Civil Veterinary Dept. Assam report 1911-1927 - 1911-1927
Year: 1911
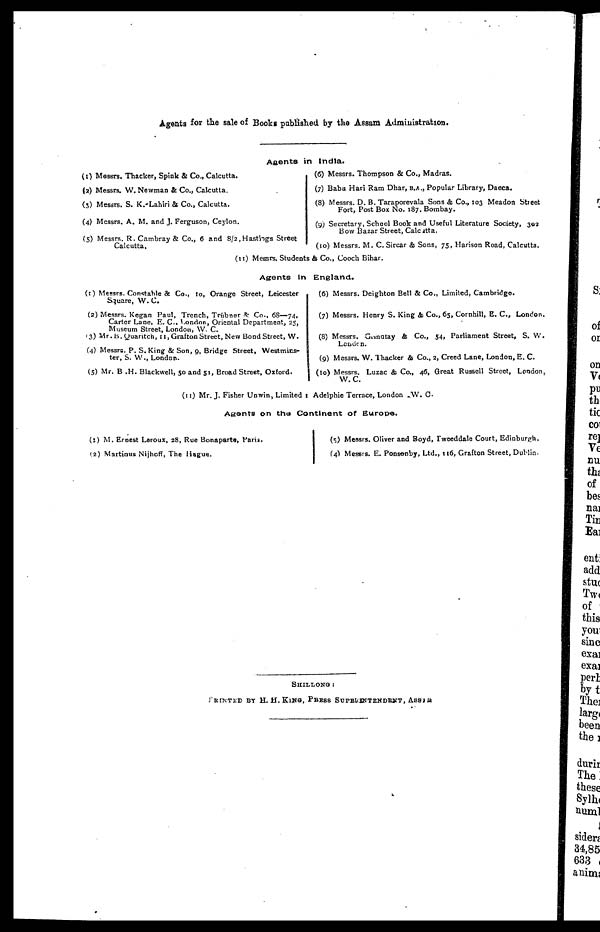
Agents for the sale of Books published by the Assam Administration.
Agents in India.
(1) Messrs. Thacker, Spink & Co., Calcutta.
(2) Messrs. W. Newman & Co., Calcutta,
(3) Messrs. S. K.Lahiri & Co., Calcutta.
(4) Messrs. A. M. and J. Ferguson, Ceylon.
(5) Messrs. R.Cambray & Co., 6 and 8/2,Hastings Street
Calcutta,
(6) Messrs. Thompson & Co., Madras.
(7) Babu Hari Ram Dhar, B.A., Popular Library, Daeca.
(8) Messrs. D. B.Taraporevala Sons & Co., 103 Meadon Street
Fort, Post Box No. 187. Bombay.
(9) Secretary, School Book and Useful Literature Society, 303
Bow Bazar Street, Calcutta.
(10) Messrs. M. C. Sircar & Sons, 75, Harison Road, Calcutta.
(11) Messrs. Students & Co., Cooch Bihar.
Agents In
England.
(1) Messrs. Constable & Co., 10, Orange Street, Leicester
Square, W. C.
(2) Messrs. Kegan Paul, Trench, Trúbner & Co., 68—74,
Carter Lane, E. C, London, Oriental Department, 25,
Museum Street, London, W. C.
(13) Mr.B.Quaritch, 11, Grafton Street, New Bond Street, W.
(4) Messrs. P. S.King & Son, 9, Bridge Street, Westmins-
ter, S. W., London.
(5) Mr. B .H. Blackwell, 50 and 51, Broad Street, Oxford.
(6) Messrs. Deighton Bell & Co., Limited, Cambridge.
(7) Messrs. Henry S. King & Co., 65, Cornhill, E. C., London.
(8) Messrs. Grindlay & Co., 54, Parliament Street, S. W.
London.
(9) Messrs. W. Thacker & Co., 2, Creed Lane, London, E. C.
(10) Messrs. Luzac & Co., 46, Great Russell Street, London,
W. C.
(11) Mr. J. Fisher Unwin, Limited 1 Adelphie Terrace, London ,W. C.
Agents on the Continent of Europe.
(1) M. Ernest Leroux, 28, Rue Bonaparts, Paris,
(2) Martiaus Nijhoff, The Hague.
(5) Messrs. Oliver and Boyd, Tweeddale Court, Edinburgh,
(4) Messrs. E. Ponsonby, Ltd., 116, Grafton Street, Dublin.
SHILLONG :
PRINTED BY H. H.KlNG, PRESS SUPERINTENDENT, ASSAM